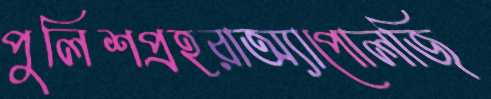
পুলিশপ্রহরাঅ্যাপোলজি